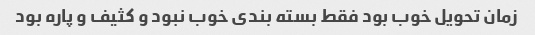
زمان تحویل خوب بود فقط بسته بندی خوب نبود و کثیف و پاره بود